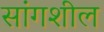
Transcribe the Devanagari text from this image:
सांगशील